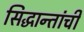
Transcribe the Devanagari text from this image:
सिद्धान्तांची